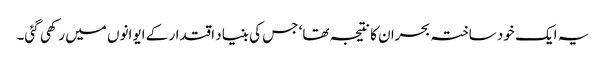
یہ ایک خود ساختہ بحران کا نتیجہ تھا‘ جس کی بنیاد اقتدار کے ایوانوں میں رکھی گئی۔